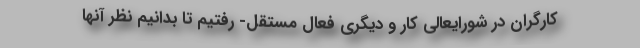
کارگران در شورایعالی کار و دیگری فعال مستقل- رفتیم تا بدانیم نظر آنها